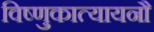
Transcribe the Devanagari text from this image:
विष्णुकात्यायनौ